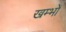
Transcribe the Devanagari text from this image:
खम्भोँ